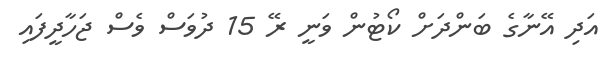
އަދި އޭނާގެ ބަންދަށް ކޯޓުން ވަނީ ރޭ 15 ދުވަސް ވެސް ޖަހާދީފައި